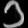
Digit: ၁